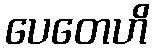
ပေတေဟိ